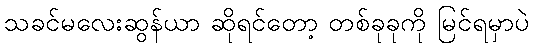
သခင်မလေးဆွန်ယာ ဆိုရင်တော့ တစ်ခုခုကို မြင်ရမှာပဲ